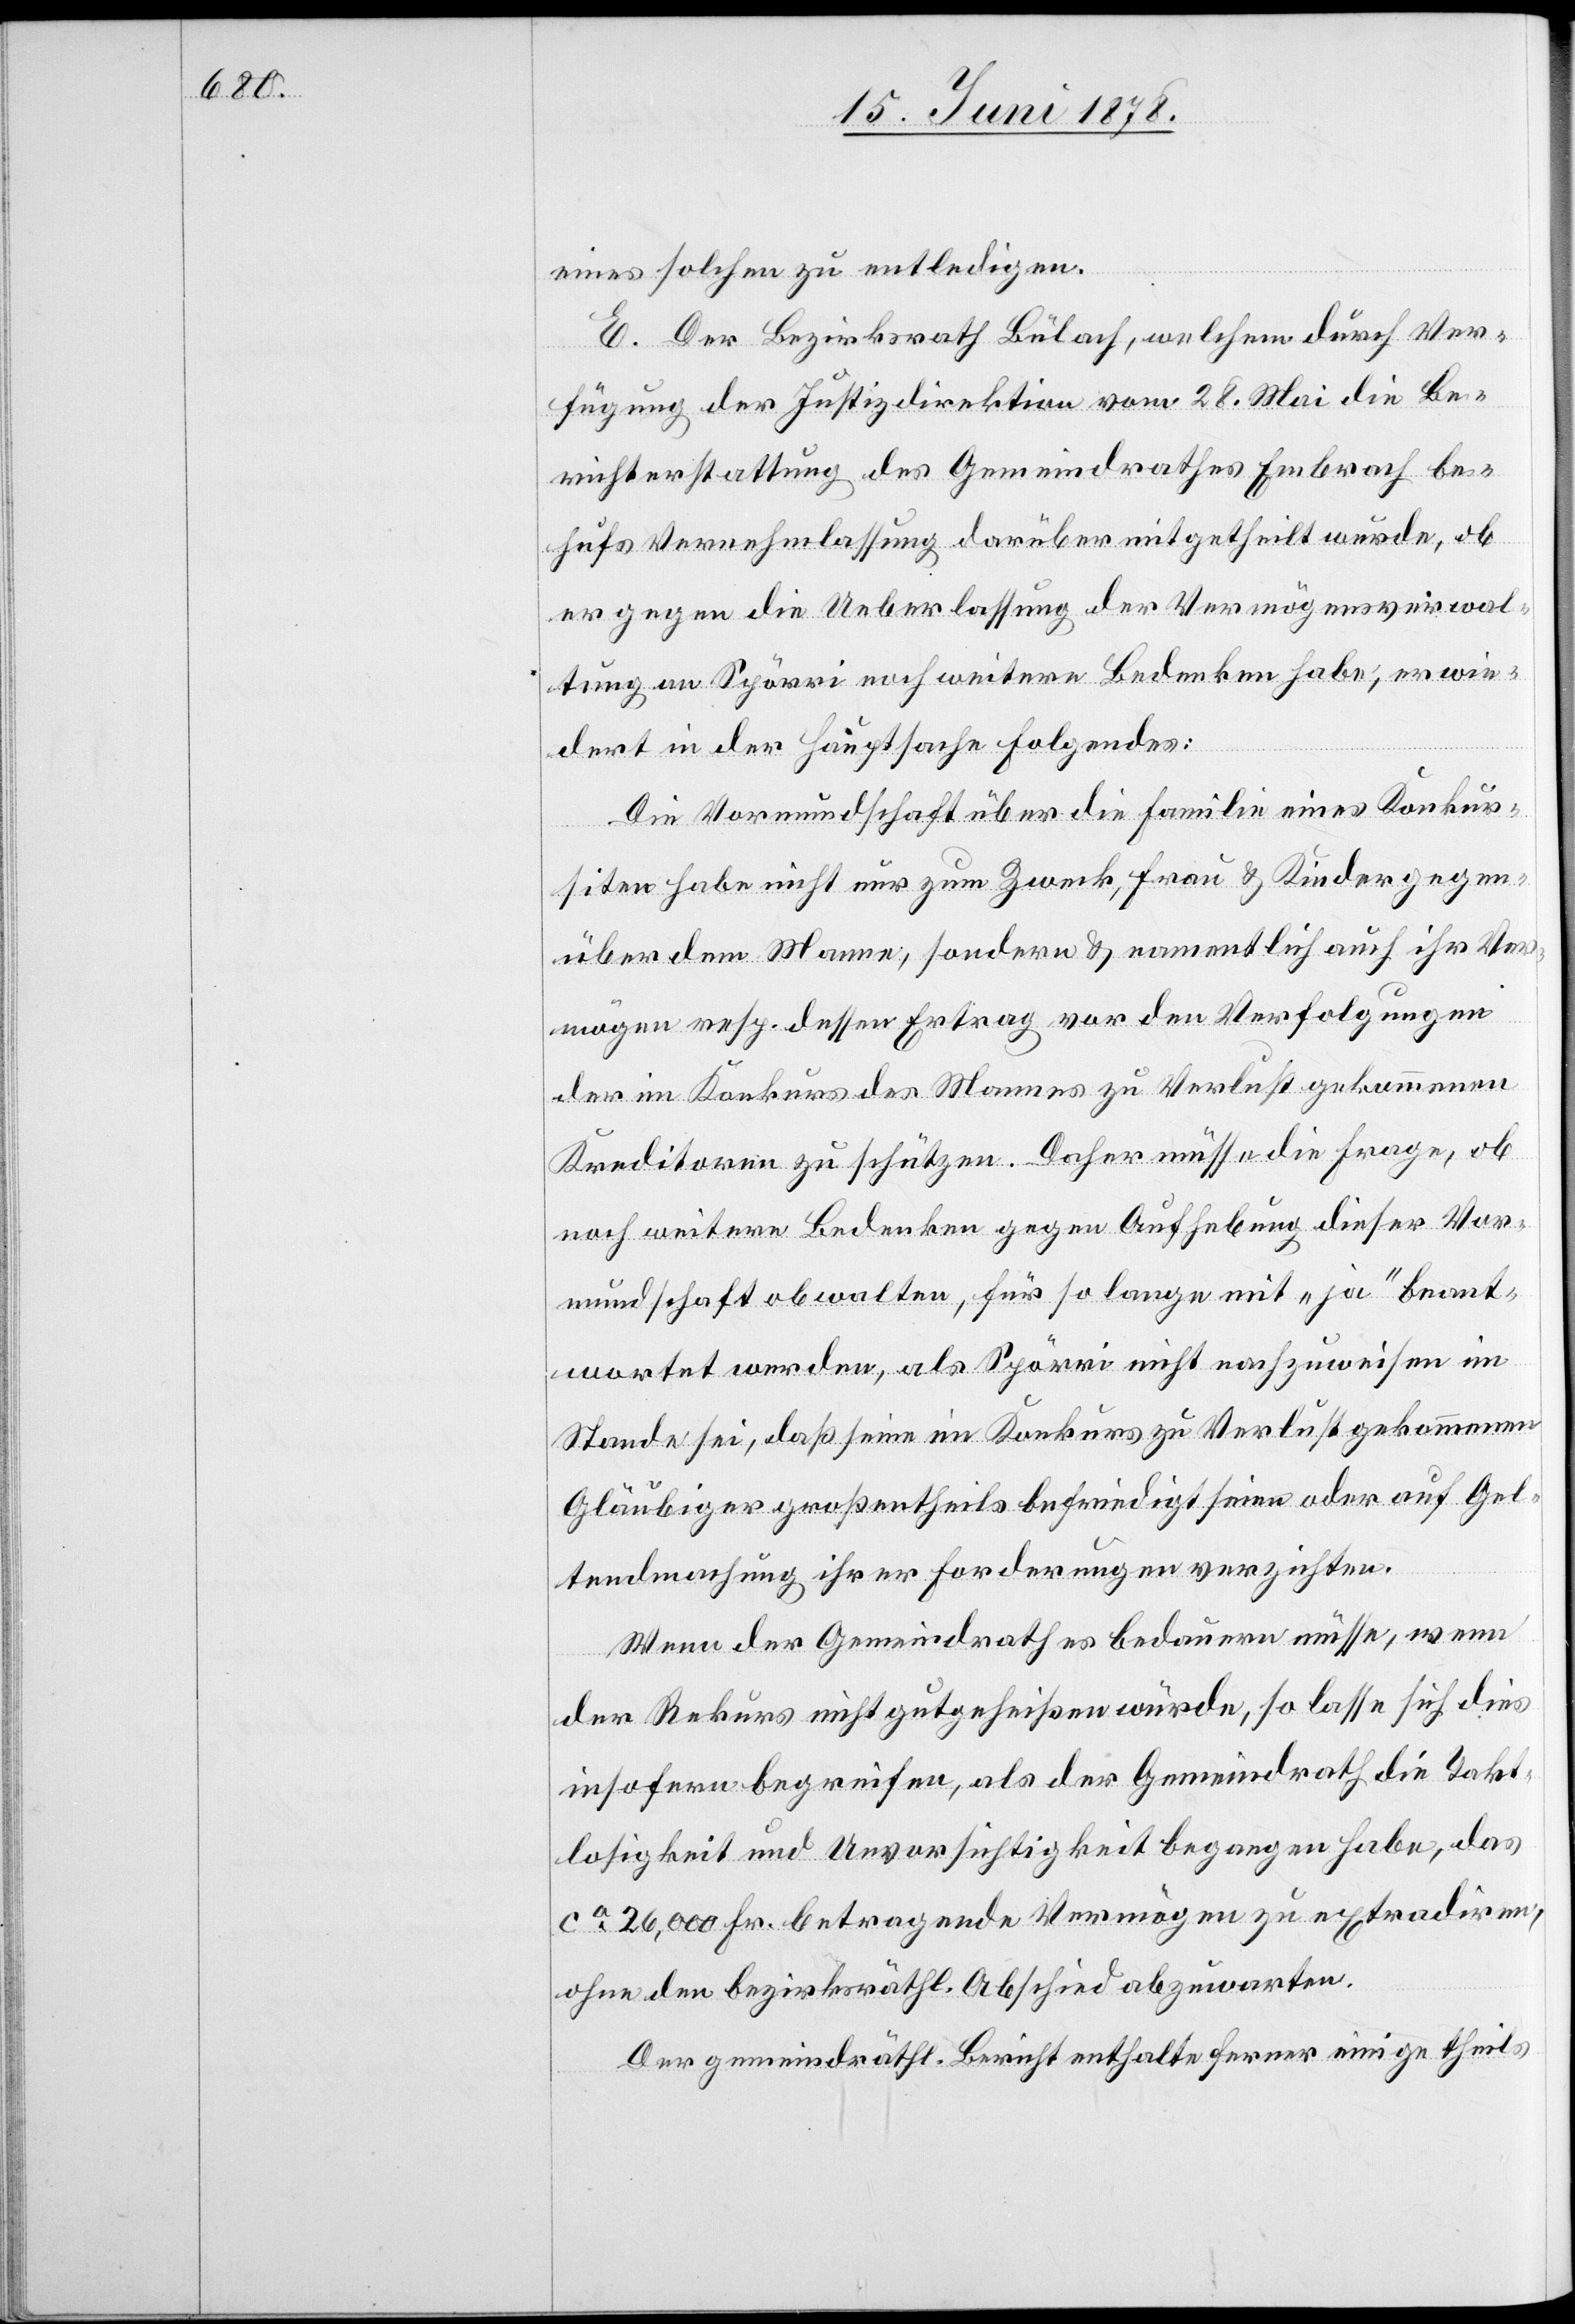
eines solchen zu entledigen.
E. Der Bezirksrath Bülach, welchem durch Ver¬
fügung der Justizdirektion vom 28. Mai die Be¬
richterstattung des Gemeindrathes Embrach be¬
hufs Vernehmlassung darüber mitgetheilt wurde, ob
er gegen die Ueberlassung der Vermögensverwal¬
tung an Spörri noch weitere Bedenken habe, erwie¬
dert in der Hauptsache Folgendes:
Die Vormundschaft über die Familie eines Konkur¬
siten habe nicht nur zum Zweck, Frau & Kinder gegen¬
über dem Manne, sondern & namentlich auch ihr Ver¬
mögen resp. dessen Ertrag vor den Verfolgungen
der im Konkurs des Mannes zu Verlust gekommenen
Kreditoren zu schützen. Daher müsse die Frage, ob
noch weitere Bedenken gegen Aufhebung dieser Vor¬
mundschaft obwalten, für so lange mit „ja“ beant¬
wortet werden, als Spörri nicht nachzuweisen im
Stande sei, daß seine im Konkurs zu Verlust gekommenen
Gläubiger großentheils befriedigt seien oder auf Gel¬
tendmachung ihrer Forderungen verzichten.
Wenn der Gemeindrath es bedauern müsse, wenn
der Rekurs nicht gutgeheißen würde, so lasse sich dies
insofern begreifen, als der Gemeindrath die Takt¬
losigkeit und Unvorsichtigkeit begangen habe, das
ca 26,000 Fr. betragende Vermögen zu extradiren,
ohne den bezirksräthl. Abschied abzuwarten.
Der gemeindräthl. Bericht enthalte ferner einige theils